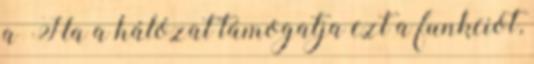
a Ha a hálózat támogatja ezt a funkciót,